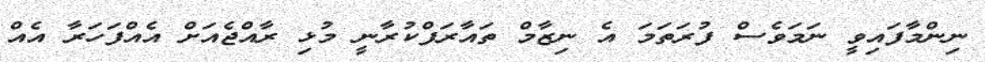
ނިންމާފައިވީ ނަމަވެސް ފުރަތަމަ އެ ނިޒާމް ތައާރަފްކުރާނީ މުޅި ރާއްޖެއަށް އެއްފަހަރާ އެއް